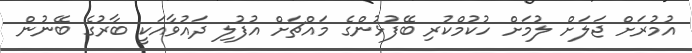
އުމުރަށް ޖަލަށް ލުމަށް ހުކުމްކުރި ބޭފުޅުންގެ މައްޗަށް އުފުލި ދައުވާއަކީ ބާރުގެ ބޭނުން